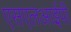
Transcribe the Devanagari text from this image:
एसएलआईपी